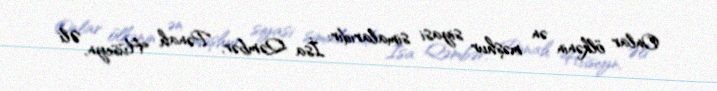
Onlar ölkənin ən məşhur siyasi simalarıdır: İsa Qəmbər, Pənah Hüseyn, Əli